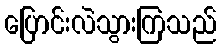
ပြောင်းလဲသွားကြသည်